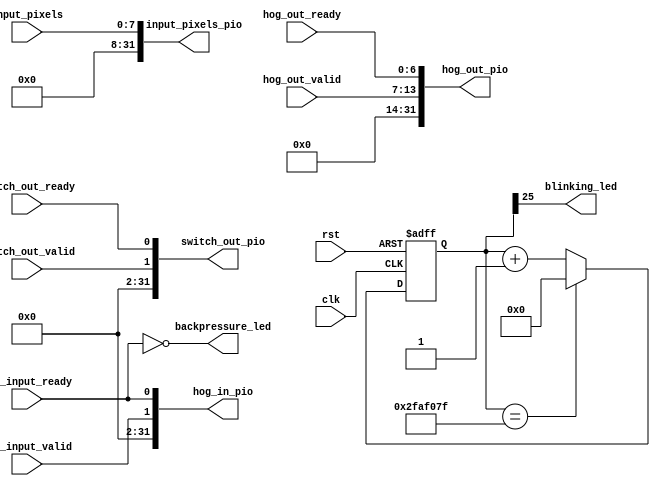
/*
    -> blinks an LED to indicate design is uploaded successfully.
    -> connects to PIOs on the lw-bridge with some status signals like...
        -> one PIO to send the input valid-ready handshake to the hog core
        -> one PIO to send the valid-ready output handshake the hog core
        -> one PIO to send the bus-switch output handshakes
        -> one PIO to send the input pixels
*/

module sys_status #(
    parameter CLOCK_FREQ = 50_000_000,
    parameter LEVELS = 7 
) (
    input clk, rst, 
    output blinking_led,
    output backpressure_led,
    input hog_input_valid, hog_input_ready, 
    input [LEVELS-1:0] hog_out_valid, hog_out_ready, 
    input switch_out_valid, switch_out_ready,
    input [7:0] input_pixels,
    output [31:0] hog_in_pio, hog_out_pio, switch_out_pio, input_pixels_pio
); 

localparam BLINK_FREQ         = 1; // on and off in 1s
localparam BLINK_COUNTER_MAX  = CLOCK_FREQ / BLINK_FREQ; 
localparam BLINK_COUNTER_SIZE = $clog2(BLINK_COUNTER_MAX); 

reg [BLINK_COUNTER_SIZE-1:0] blink_counter;

assign blinking_led     = blink_counter[BLINK_COUNTER_SIZE-1]; 
assign hog_in_pio       = {{30{1'b0}}, hog_input_valid, hog_input_ready}; 
assign hog_out_pio      = {{(32 - LEVELS*2){1'b0}}, hog_out_valid, hog_out_ready}; 
assign switch_out_pio   = {{30{1'b0}}, switch_out_valid, switch_out_ready}; 
assign input_pixels_pio = {{24{1'b0}}, input_pixels}; 

assign backpressure_led = ~hog_input_ready; 

always @(posedge clk, posedge rst) begin 
    if (rst) begin 
        blink_counter <= 'd0; 
    end
    else if (blink_counter == BLINK_COUNTER_MAX-1) begin 
        blink_counter <= 'd0;
    end
    else begin 
        blink_counter <= blink_counter + 'd1;
    end
end

endmodule